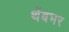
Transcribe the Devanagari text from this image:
थेंबभर